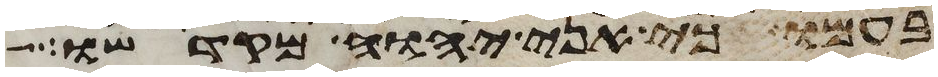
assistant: בעמו כי אני יהוה מקדשו